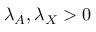
\lambda _ { A } , \lambda _ { X } > 0